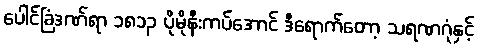
ပေါင်ခြံဒဏ်ရာ ၁၈၁၃ ပိုမိုနီးကပ်အောင် ဒီရောက်တော့ သရဏဂုံနှင့်